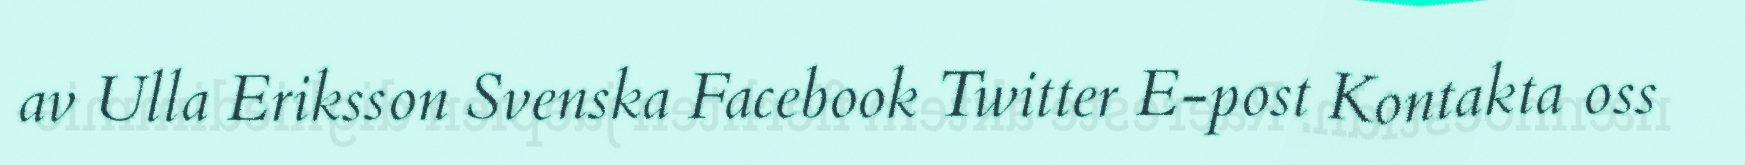
av Ulla Eriksson Svenska Facebook Twitter E-post Kontakta oss